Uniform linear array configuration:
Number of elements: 4
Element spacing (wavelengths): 0.5
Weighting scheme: uniform
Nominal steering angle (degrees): -30
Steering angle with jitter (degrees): -29.062
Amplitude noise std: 0.05
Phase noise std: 0.05

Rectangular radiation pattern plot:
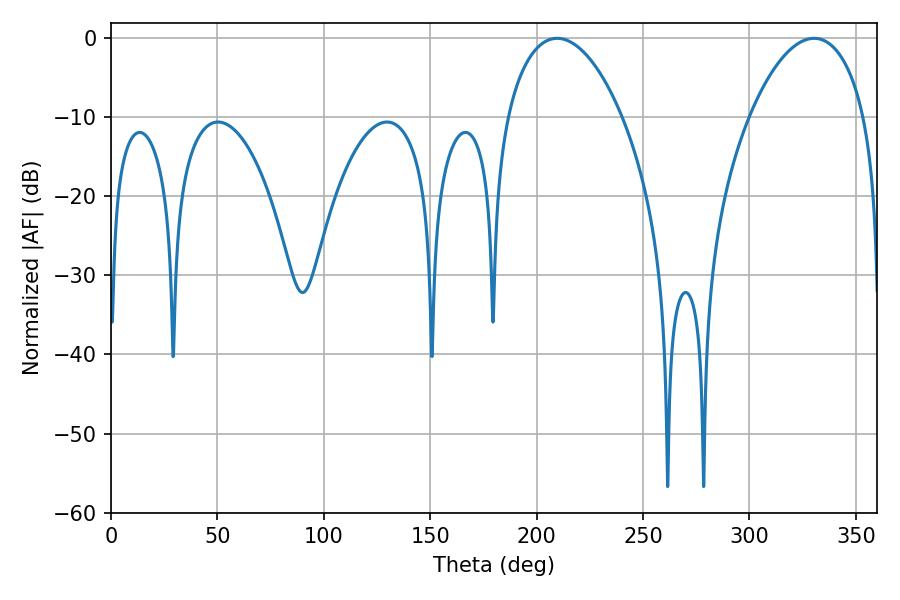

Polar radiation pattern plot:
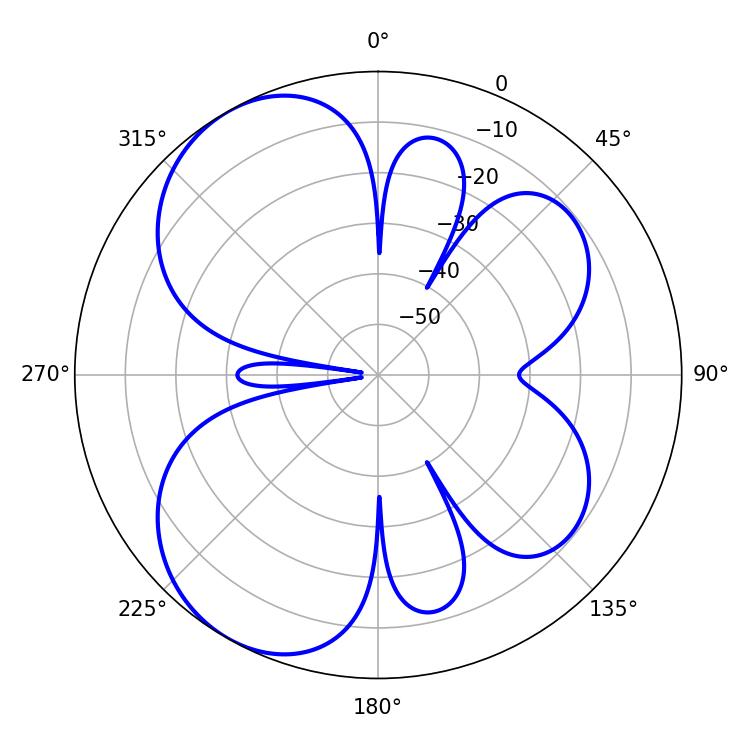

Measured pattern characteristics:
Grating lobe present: FALSE
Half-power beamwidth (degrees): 30.6
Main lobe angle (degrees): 209.7